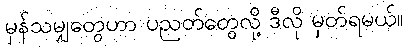
မှန်သမျှတွေဟာ ပညတ်တွေလို့ ဒီလို မှတ်ရမယ်။